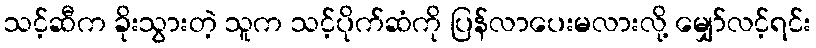
သင့်ဆီက ခိုးသွားတဲ့ သူက သင့်ပိုက်ဆံကို ပြန်လာပေးမလားလို့ မျှော်လင့်ရင်း